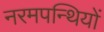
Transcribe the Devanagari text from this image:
नरमपन्थियों